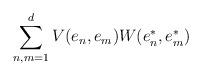
LaTeX: \begin{align*} \sum_{n, m=1}^d V(e_n, e_m) W(e_n^*, e_m^*) \end{align*}